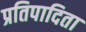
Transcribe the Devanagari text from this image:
प्रतिपादिता